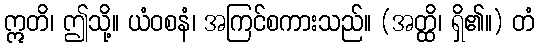
ဣတိ၊ ဤသို့။ ယံဝစနံ၊ အကြင်စကားသည်။ (အတ္ထိ၊ ရှိ၏။) တံ